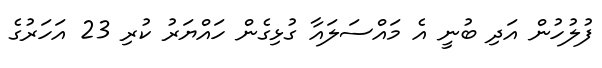
ފުލުހުން އަދި ބުނީ އެ މައްސަލައާ ގުޅިގެން ހައްޔަރު ކުރި 23 އަހަރުގެ